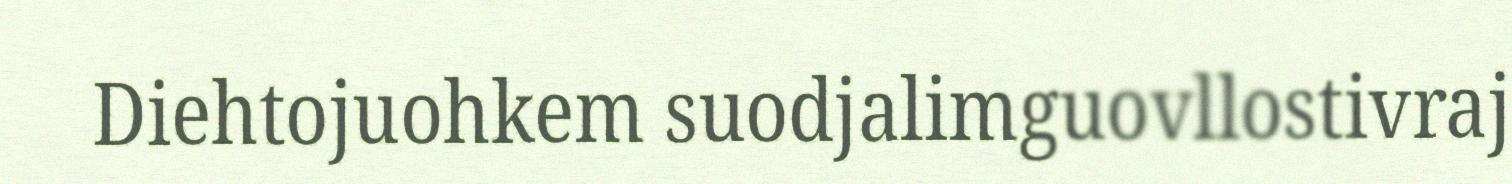
Diehtojuohkem suodjalimguovllostivraj